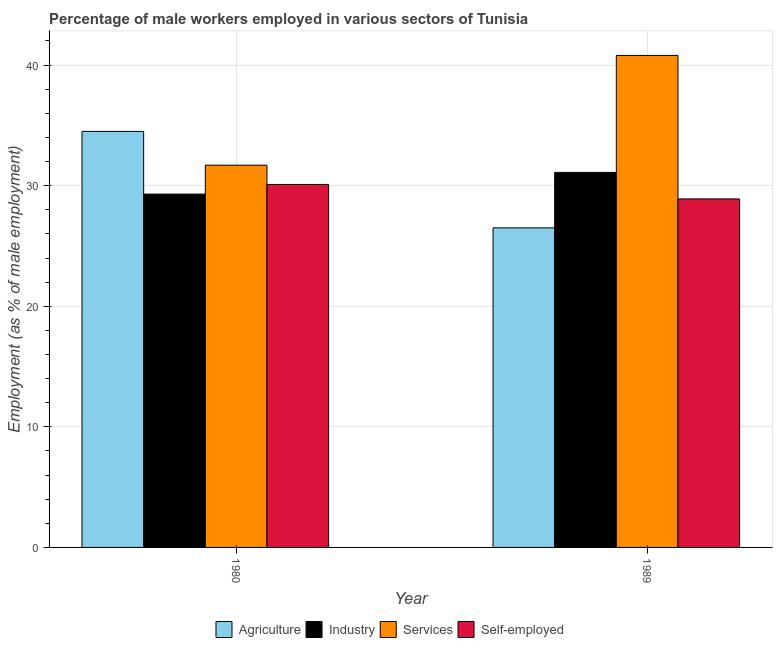
| Year | Agriculture | Industry | Services | Self-employed |
 | --- | --- | --- | --- | --- |
 | 1980 | 34.5 | 29.3 | 31.7 | 30.1 |
 | 1989 | 26.5 | 31.1 | 40.8 | 28.9 |